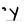
Character: Y